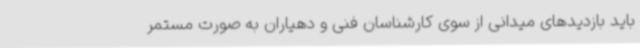
باید بازدیدهای میدانی از سوی کارشناسان فنی و دهیاران به صورت مستمر